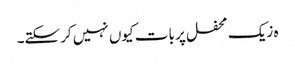
ہ زیک محفل پر بات کیوں نہیں کرسکتے۔